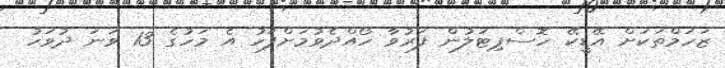
ޒަހަމްތަކަށް އޭޑީކޭ ހޮސްޕިޓަލުން ފަރުވާ ހޯއްދެވުމަށްފަހު އެ މަހުގެ 13 ވަނަ ދުވަހު